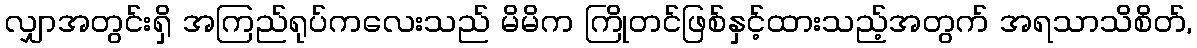
လျှာအတွင်းရှိ အကြည်ရုပ်ကလေးသည် မိမိက ကြိုတင်ဖြစ်နှင့်ထားသည့်အတွက် အရသာသိစိတ်,